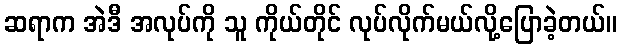
ဆရာက အဲဒီ အလုပ်ကို သူ ကိုယ်တိုင် လုပ်လိုက်မယ်လို့ပြောခဲ့တယ်။